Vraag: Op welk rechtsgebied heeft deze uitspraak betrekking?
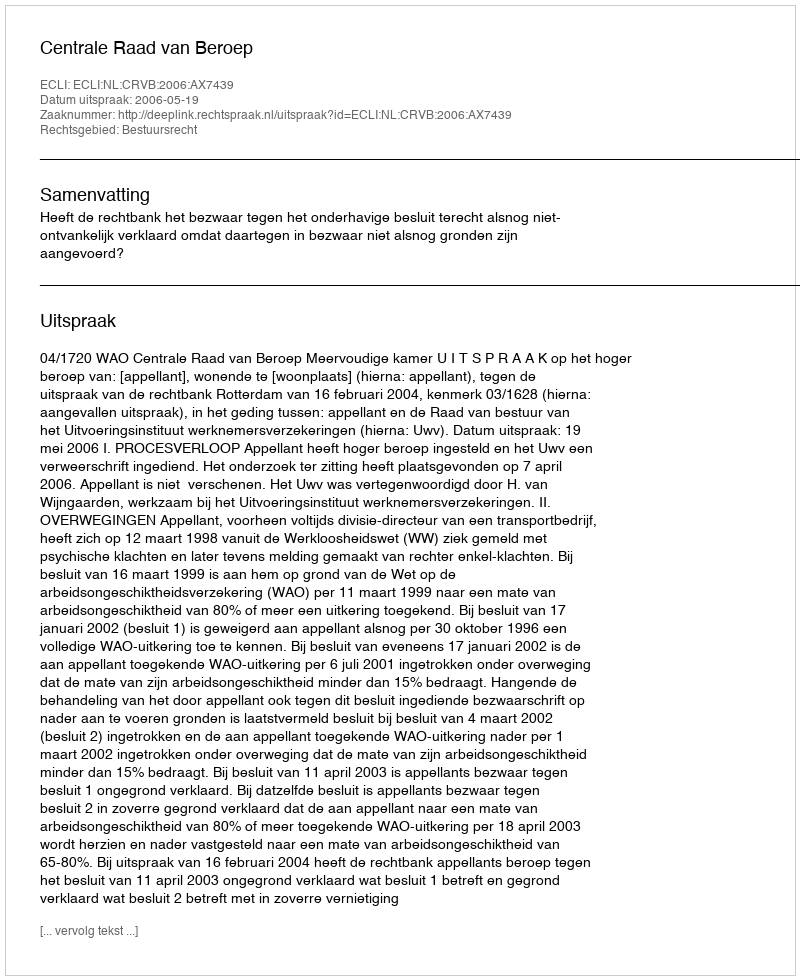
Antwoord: Bestuursrecht